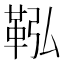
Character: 鞃